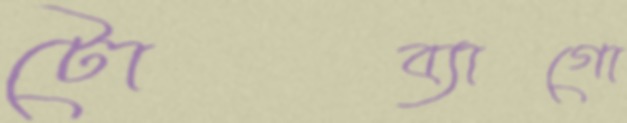
টোব্যাগো